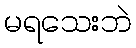
မရသေးဘဲ